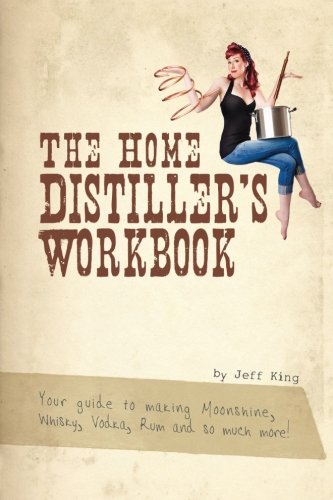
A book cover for The Home Distiller's Workbook: Your Guide to Making Moonshine, Whisky, Vodka, Rum and So Much More! Vol. 1; Jeff King; Cookbooks, Food & Wine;